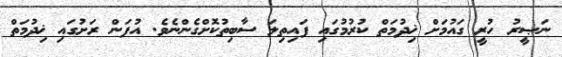
ނަޞީރު ހުރީ ގައުމަށް ޚިދުމަތް ކުރުމުގައި ފައިތިލަ ސާބިތުކޮށްގެންނެވެ. އުފަން ރަށުގައި ޚިދުމަތް